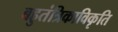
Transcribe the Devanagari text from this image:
बहुतंत्रिकाविकृति